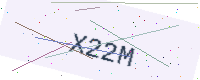
Text: X22M